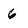
Character: 6